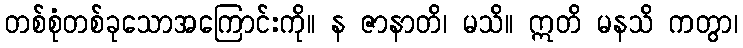
တစ်စုံတစ်ခုသောအကြောင်းကို။ န ဇာနာတိ၊ မသိ။ ဣတိ မနသိ ကတွာ၊